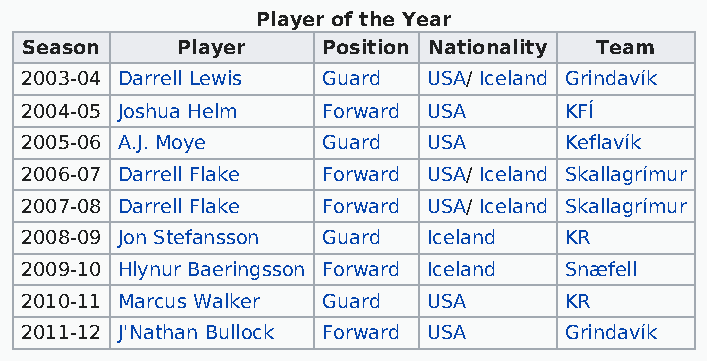
Player of the Year
 Season     Player   Position Nationality Team
 2003-04 Darrell Lewis Guard USA/ Iceland Grindavík
 2004-05 Joshua Helm Forward USA     KFÍ
 2005-06 A.J. Moye   Guard  USA      Keflavík
 2006-07 Darrell Flake Forward USA/ Iceland Skallagrímur
 2007-08 Darrell Flake Forward USA/ Iceland Skallagrímur
 2008-09 Jon Stefansson Guard Iceland KR
 2009-10 Hlynur Baeringsson Forward Iceland Snæfell
 2010-11 Marcus Walker Guard USA     KR
 2011-12 J'Nathan Bullock Forward USA Grindavík